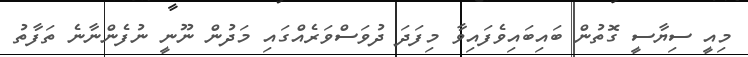
މިއީ ސިޔާސީ ގޮތުން ބައިބައިވެފައިވާ މިފަދަ ދުވަސްވަރެއްގައި މަދުން ނޫނީ ނުފެންނާނެ ތަފާތު